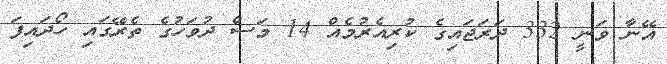
އޭނާ ވަނީ 332 ދަރަޖައިގެ ކުރިއެރުމެއް 14 މަސް ދުވަހުގެ ތެރޭގައި ހޯދައިފަ